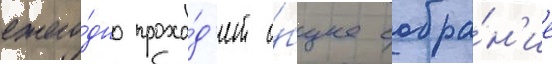
ежего́дно прохо́д'ит о́бщее собра́н'ие